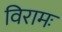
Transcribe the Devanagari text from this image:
विरामः